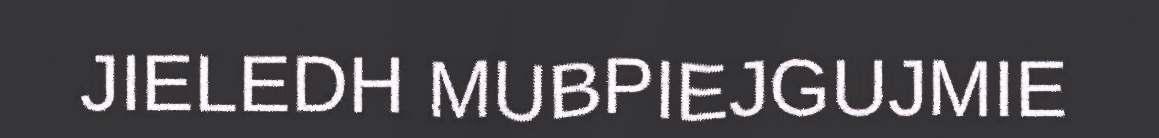
JIELEDH MUBPIEJGUJMIE